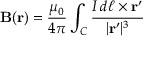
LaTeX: \mathbf { B } ( \mathbf { r } ) = { \frac { \mu _ { 0 } } { 4 \pi } } \int _ { C } { \frac { I \, d { \boldsymbol { \ell } } \times \mathbf { r ^ { \prime } } } { | \mathbf { r ^ { \prime } } | ^ { 3 } } }